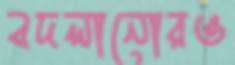
বদলানোরও